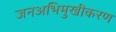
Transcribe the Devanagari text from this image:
जनअभिमुखीकरण